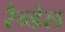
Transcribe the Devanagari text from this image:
रैन्डेल